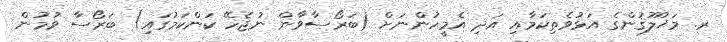
ރ. މަޚުލޫޤުންގެ އަޅުވެތިކަމާއި އަދި އެމީހުންނަށް (ބަރޯސާވާން ނުޖެހޭ ކަންކަމުގައި) ބަރޯސާ ވުމުން